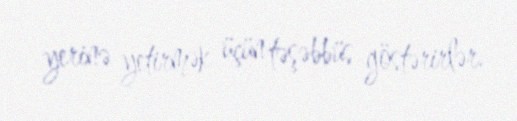
yerinə yetirmək üçün təşəbbüs göstərirlər.